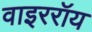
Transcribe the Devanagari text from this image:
वाइररॉय